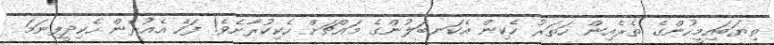
ތިޔަބައިމީހުންގެ ތެރެއިން ހަތަރު ހެކިން އެކަނބަލުންގެ މައްޗަށް ހެކިކުރާށެވެ! ފަހެ އެއުރެން ހެކިދީފިނަމަ